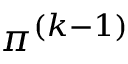
\pi ^ { ( k - 1 ) }